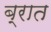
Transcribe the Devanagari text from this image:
ब्रात